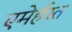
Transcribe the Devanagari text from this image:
एमेर्हस्त